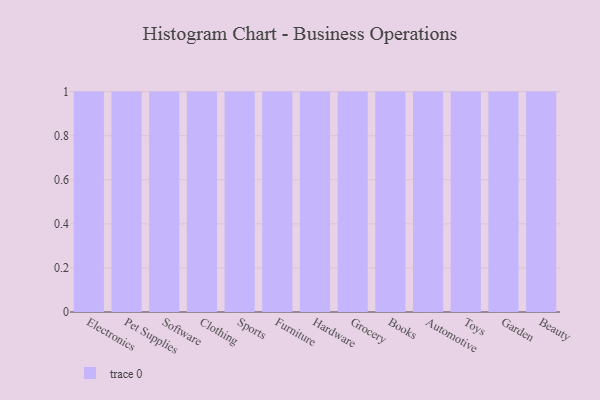
{"axis": {"x": "Category", "y": "Temperature (°C)"}, "legend": [""], "data": [{"x": "Electronics", "y": 50, "type": ""}, {"x": "Pet Supplies", "y": 64, "type": ""}, {"x": "Software", "y": 61, "type": ""}, {"x": "Clothing", "y": 38, "type": ""}, {"x": "Sports", "y": 9, "type": ""}, {"x": "Furniture", "y": 25, "type": ""}, {"x": "Hardware", "y": 74, "type": ""}, {"x": "Grocery", "y": 97, "type": ""}, {"x": "Books", "y": 96, "type": ""}, {"x": "Automotive", "y": 35, "type": ""}, {"x": "Toys", "y": 85, "type": ""}, {"x": "Garden", "y": 84, "type": ""}, {"x": "Beauty", "y": 1, "type": ""}]}